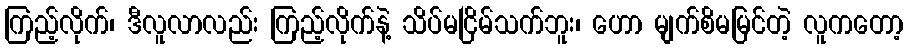
ကြည့်လိုက်၊ ဒီလူလာလည်း ကြည့်လိုက်နဲ့ သိပ်မငြိမ်သက်ဘူး၊ ဟော မျက်စိမမြင်တဲ့ လူကတော့